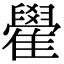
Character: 雤